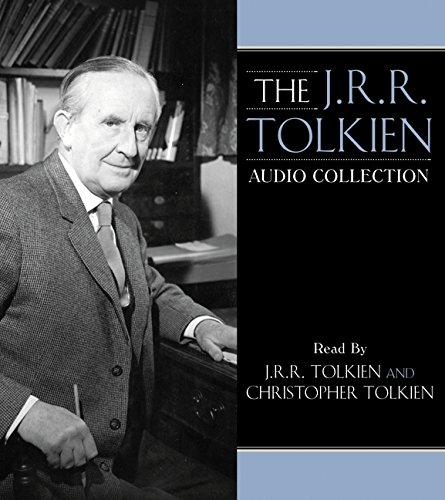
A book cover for The J.R.R. Tolkien Audio Collection; Science Fiction & Fantasy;